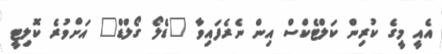
އެއީ މީގެ ކުރިން ކަލްޓެކްސް އިން ނެރެފައިވާ "ޑެލޯ ގޯލްޑް" އަށްވުރެ ކޮލިޓީ